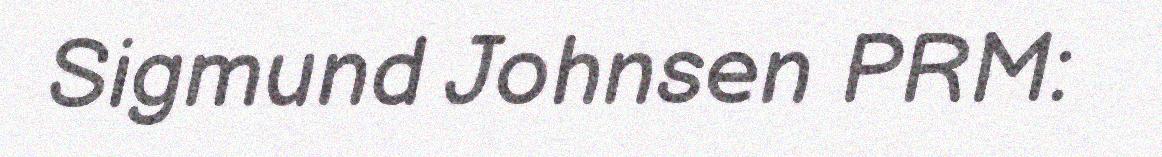
Sigmund Johnsen PRM: